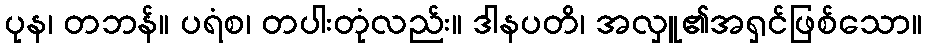
ပုန၊ တဘန်။ ပရံစ၊ တပါးတုံလည်း။ ဒါနပတိ၊ အလှူ၏အရှင်ဖြစ်သော။